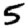
Digit: 5